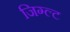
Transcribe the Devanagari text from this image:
जिग्ल्ट